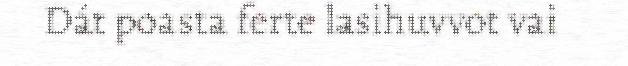
Dát poasta ferte lasihuvvot vai